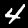
Digit: 4